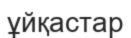
ұйқастар